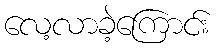
လေ့လာခဲ့ကြောင်း